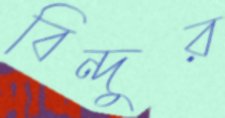
বিন্দুর